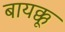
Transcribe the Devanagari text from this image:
बायक्कू